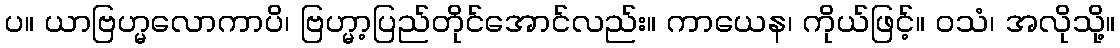
ပ။ ယာဗြဟ္မလောကာပိ၊ ဗြဟ္မာ့ပြည်တိုင်အောင်လည်း။ ကာယေန၊ ကိုယ်ဖြင့်။ ဝသံ၊ အလိုသို့။